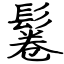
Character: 鬈